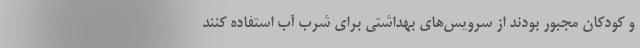
و کودکان مجبور بودند از سرویس‌های بهداشتی برای شرب آب استفاده کنند